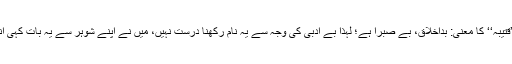
میرے بیٹے کا نام اس کے دادا نے ’’محمد قتیبہ‘‘ رکھا تھا، ایک عالم صاحب نے توجہ دلائی کہ ’’قتیبہ‘‘ کا معنی: بداخلاق، بے صبرا ہے؛ لہذا بے ادبی کی وجہ سے یہ نام رکھنا درست نہیں، میں نے اپنے شوہر سے یہ بات کہی انہوں نے کہا کہ والد مرحوم کے رکھے نام کو تبدیل نہیں کرسکتا، اب بیٹے کی عمر پانچ سال ہے۔